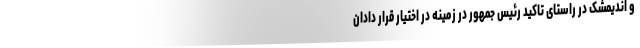
و اندیمشک در راستای تاکید رئیس جمهور در زمینه در اختیار قرار دادان